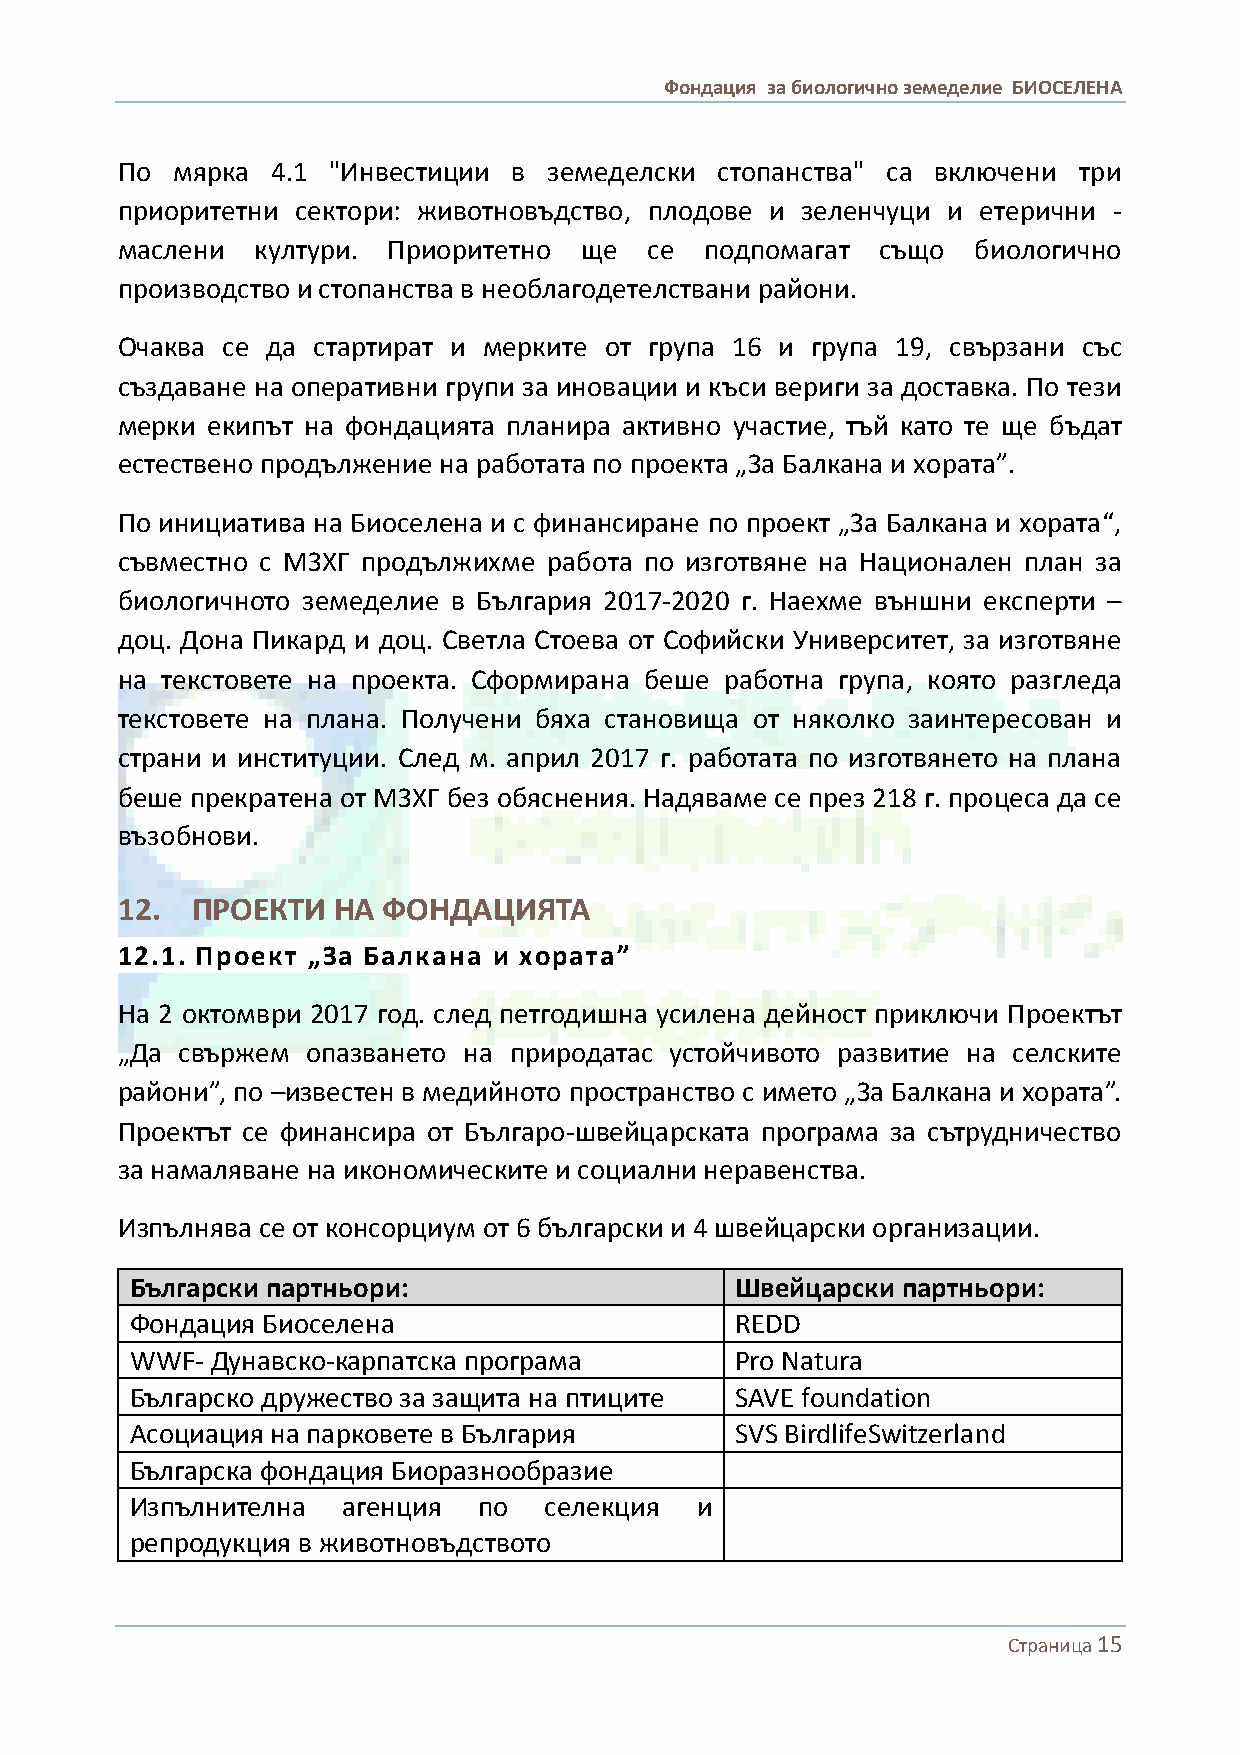
Фондация за биологично земеделие БИОСЕЛЕНА
 По мярка  4.1 "Инвестиции в земеделски  стопанства" са включени три
 приоритетни сектори: животновъдство, плодове и зеленчуци и етерични -
 маслени  култури. Приоритетно ще   се  подпомагат също  биологично
 производство и стопанства в необлагодетелствани райони.
 Очаква се да стартират и мерките от група 16 и група 19, свързани със
 създаване на оперативни групи за иновации и къси вериги за доставка. По тези
 мерки екипът на фондацията планира активно участие, тъй като те ще бъдат
 естествено продължение на работата по проекта „За Балкана и хората”.
 По инициатива на Биоселена и с финансиране по проект „За Балкана и хората“,
 съвместно с МЗХГ продължихме работа по изготвяне на Национален план за
 биологичното земеделие в България 2017-2020 г. Наехме външни експерти –
 доц. Дона Пикард и доц. Светла Стоева от Софийски Университет, за изготвяне
 на текстовете на проекта. Сформирана беше работна група, която разгледа
 текстовете на плана. Получени бяха становища от няколко заинтересован и
 страни и институции. След м. април 2017 г. работата по изготвянето на плана
 беше прекратена от МЗХГ без обяснения. Надяваме се през 218 г. процеса да се
 възобнови.
 12.  ПРОЕКТИ  НА ФОНДАЦИЯТА
 12.1. Проект „За Балкана и хората”
 На 2 октомври 2017 год. след петгодишна усилена дейност приключи Проектът
 „Да свържем опазването на природатас устойчивото развитие на селските
 райони”, по –известен в медийното пространство с името „За Балкана и хората”.
 Проектът се финансира от Българо-швейцарската програма за сътрудничество
 за намаляване на икономическите и социални неравенства.
 Изпълнява се от консорциум от 6 български и 4 швейцарски организации.
 Български партньори:                    Швейцарски партньори:
 Фондация Биоселена                      REDD
 WWF- Дунавско-карпатска програма        Pro Natura
 Българско дружество за защита на птиците SAVE foundation
 Асоциация на парковете в България       SVS BirdlifeSwitzerland
 Българска фондация Биоразнообразие
 Изпълнителна  агенция  по  селекция  и
 репродукция в животновъдството
 Страница 15